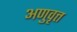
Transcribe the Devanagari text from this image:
अणुवृत्त